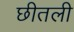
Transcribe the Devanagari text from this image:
छीतली